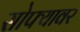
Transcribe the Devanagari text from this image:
सोफ्यावर